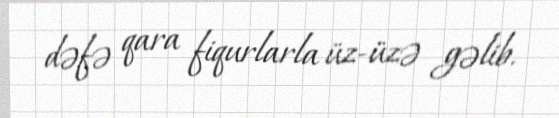
dəfə qara fiqurlarla üz-üzə gəlib.